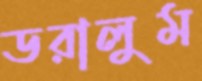
ডরালুম